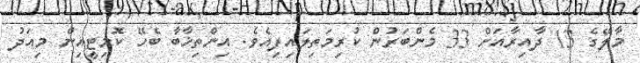
މާލޭގެ 13 ދާއިރާއަށް 33 މެންބަރުން ކުރިމަތިލައިފިއެވެ. އިންތިޚާބާ ބެހޭ ކޮމިޓީއިން މިއަދު